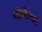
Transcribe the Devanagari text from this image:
योगेश्‍वर